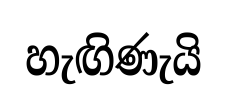
හැඟිණැයි